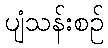
ပျံသန်းစဉ်